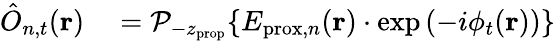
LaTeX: \begin{array}{rl}{\hat{O}_{n,t}(\mathbf{r})}&{{}=\mathcal{P}_{-z_{\mathrm{prop}}}\! \left\{ E_{\mathrm{prox},n}(\mathbf{r})\cdot\exp\left(-i\phi_{t}(\mathbf{r})\right)\right\} }\end{array}